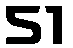
51